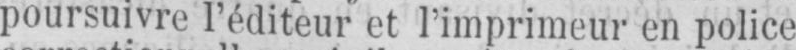
poursuivre l’éditeur et l’imprimeur en police